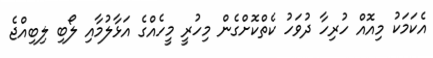
އެކަމަކު މިއޮއް ހުރިހާ ދުވަހު ކެތްކޮށްގެން މިހުރީ މީހެއްގެ އަޅާލުމާއި ލޯބި ލިބިއްޖެ